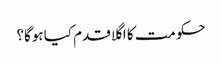
حکومت کا اگلا قدم کیا ہوگا؟